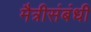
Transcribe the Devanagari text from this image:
मैत्रीसंबंधी